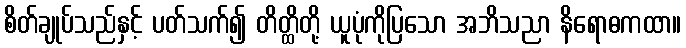
စိတ်ချုပ်သည်နှင့် ပတ်သက်၍ တိတ္ထိတို့ ယူပုံကိုပြသော အဘိသညာ နိရောဓကထာ။